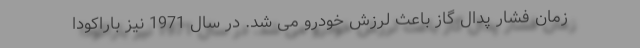
زمان فشار پدال گاز باعث لرزش خودرو می شد. در سال 1971 نیز باراکودا